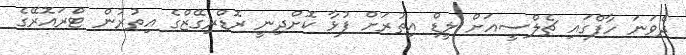
ދެވަނަ ހާފްގައި ޗެލްސީއަށް ލީޑް އިތުރަށް ފުޅާ ކޮށްދިނީ ރޮޑްރިގޭޒްގެ އިތުރުން ޓްރައޮރޭގެ